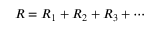
{ \big . } R = R _ { 1 } + R _ { 2 } + R _ { 3 } + \cdots